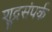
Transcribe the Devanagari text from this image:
शूद्रसंपर्क